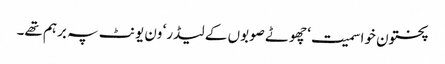
پختون خوا سمیت‘ چھوٹے صوبوں کے لیڈر‘ ون یونٹ پہ برہم تھے۔